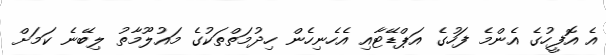
އެ އޮފީހުގެ އެންމެ ފަހުގެ އަޕްޑޭޓާއި އެހެނިހެން ހިދުމަތްތަކުގެ މައުލޫމާތު ލިބޭނެ ކަމަށް